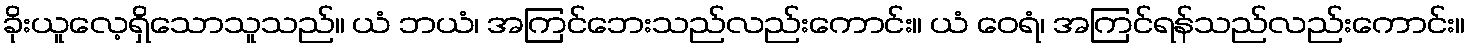
ခိုးယူလေ့ရှိသောသူသည်။ ယံ ဘယံ၊ အကြင်ဘေးသည်လည်းကောင်း။ ယံ ဝေရံ၊ အကြင်ရန်သည်လည်းကောင်း။